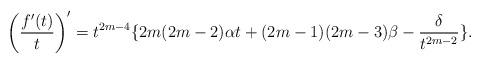
LaTeX: \begin{align*}\left(\dfrac{f'(t)}{t}\right)'=t^{2m-4}\{2m(2m-2)\alpha t+(2m-1)(2m-3)\beta-\dfrac{\delta}{t^{2m-2}}\}.\end{align*}